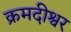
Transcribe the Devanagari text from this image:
क्रमदीश्वर